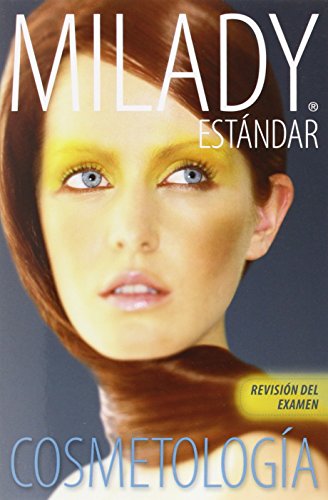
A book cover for Spanish Translated Exam Review for Milady Standard Cosmetology 2012; Milady; Business & Money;